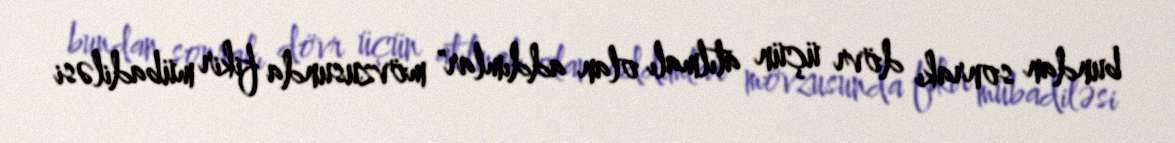
bundan sonrakı dövr üçün atılmalı olan addımlar" mövzusunda fikir mübadiləsi